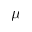
\mu